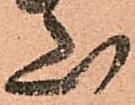
山